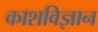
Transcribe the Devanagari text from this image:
काशविज्ञान